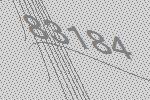
83184